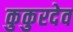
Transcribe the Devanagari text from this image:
कुकुरदेव